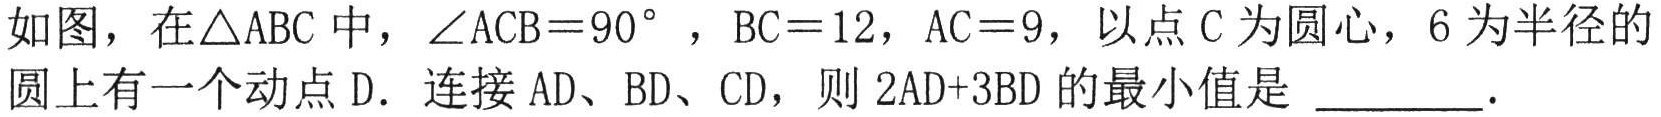
如图，在\(\triangle ABC\)中，\(\angle ACB = 90^{\circ}\)，\(BC = 12\)，\(AC = 9\)，以点\(C\)为圆心，\(6\)为半径的圆上有一个动点\(D\). 连接\(AD\)、\(BD\)、\(CD\)，则\(2AD + 3BD\)的最小值是 \_\_\_\_\_ .